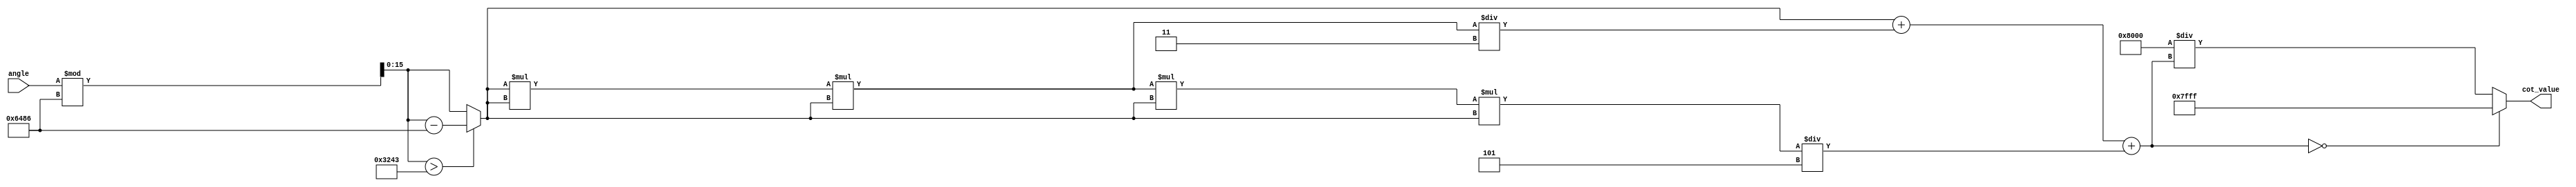
module cotangent (
    input wire [15:0] angle,     // Input angle in fixed-point format (e.g., Q15)
    output reg [15:0] cot_value   // Output cotangent value in fixed-point format (e.g., Q15)
);

    // Constants for fixed-point representation
    parameter PI = 16'h3243; // Approximation of  in Q15
    parameter PI_2 = 16'h1920; // Approximation of /2 in Q15
    parameter LARGE_VALUE = 16'h7FFF; // Large value to represent infinity

    // Internal signals
    reg [15:0] tan_value;
    reg [15:0] normalized_angle;

    // Function to calculate tangent using Taylor series approximation
    function [15:0] tan_function(input [15:0] x);
        begin
            // Simple Taylor series expansion for small angles
            // tan(x)  x + x^3/3 + x^5/5 + ...
            // For simplicity, we will limit the series to 3 terms
            tan_function = x + (x * x * x) / 16'h0003 + (x * x * x * x * x) / 16'h0005;
        end
    endfunction

    // Angle normalization to [0, 2]
    always @(*) begin
        normalized_angle = angle % (2 * PI);
        if (normalized_angle > PI) begin
            normalized_angle = normalized_angle - (2 * PI);
        end
    end

    // Main computation
    always @(*) begin
        // Calculate tangent
        tan_value = tan_function(normalized_angle);

        // Handle edge cases for tangent
        if (tan_value == 16'h0000) begin
            // If tan_value is zero, set cot_value to a large predefined value (infinity)
            cot_value = LARGE_VALUE;
        end else begin
            // Calculate cotangent as the reciprocal of tangent
            cot_value = (16'h0001 << 15) / tan_value; // 1 in Q15 format
        end
    end

endmodule